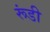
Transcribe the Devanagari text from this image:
रूंडी